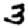
Digit: 3